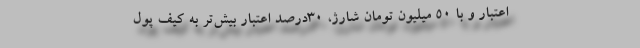
اعتبار و با ۵۰ میلیون تومان شارژ، ۳۰درصد اعتبار بیش‌تر به کیف پول